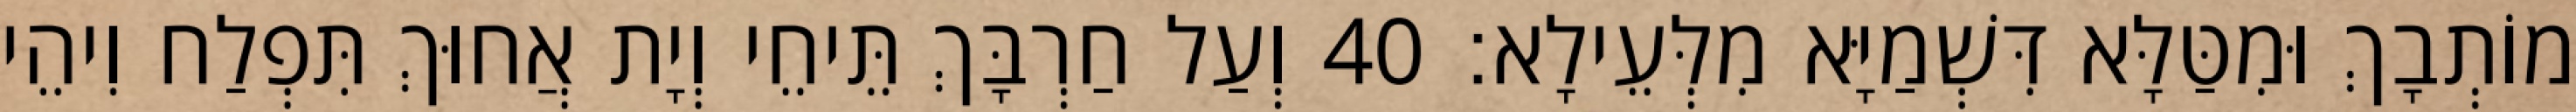
מוֹתְבָךְ וּמִטַּלָּא דִּשְׁמַיָּא מִלְּעֵילָא׃ 40 וְעַל חַרְבָּךְ תֵּיחֵי וְיָת אֲחוּךְ תִּפְלַח וִיהֵי